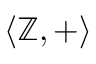
\langle \mathbb { Z } , + \rangle